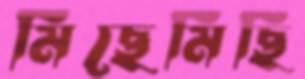
মিছেমিছি